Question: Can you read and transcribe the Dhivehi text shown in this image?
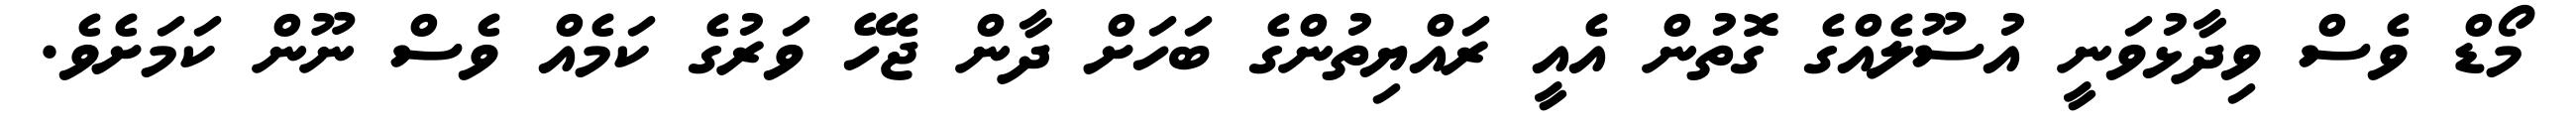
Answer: މޯޑް ވެސް ވިދާޅުވަނީ އުސޫލެއްގެ ގޮތުން އެއީ ރައްޔިތުންގެ ބަހަށް ދާން ޖެހޭ ވަރުގެ ކަމެއް ވެސް ނޫން ކަމަށެވެ.